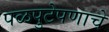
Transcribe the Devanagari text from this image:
पळपुटेपणाचे